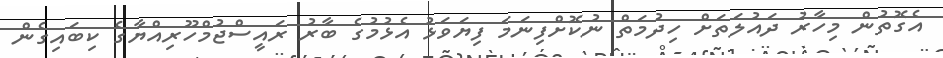
އެގޮތުން މިހާރު ދައުލަތަށް ހިދުމަތް ނުކޮށްފިނަމަ ފިޔަވަޅު އެޅުމުގެ ބާރު ރައީސްޖުމްހޫރިއްޔާގެ ކިބައިގެން